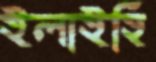
ইলাইহি